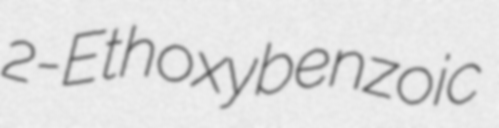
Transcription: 2-Ethoxybenzoic